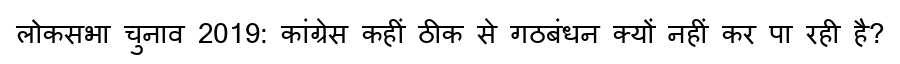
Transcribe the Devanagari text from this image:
लोकसभा चुनाव 2019: कांग्रेस कहीं ठीक से गठबंधन क्यों नहीं कर पा रही है?